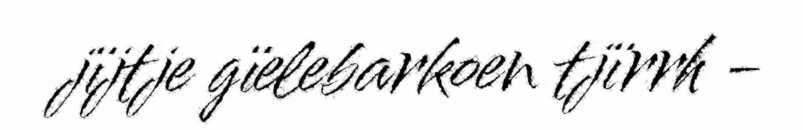
jïjtje gïelebarkoen tjïrrh -